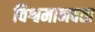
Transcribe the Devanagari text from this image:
विश्वमानवता